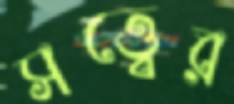
সত্ত্বের